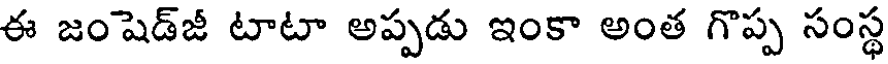
ఈ జంషెడ్జీ టాటా అప్పడు ఇంకా అంత గొప్ప సంస్థ